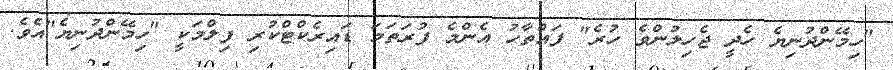
"ހިމޭންދުނިޔެ ހެދީ ޖެހިލުންވެ ހުރެ" ފައްތާހު އެންމެ ފުރަތަމަ ޑައިރެކްޓްކުރި ފިލްމަކީ "ހިމޭންދުނިޔެ"އެވެ.